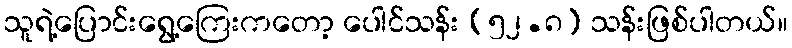
သူရဲ့ပြောင်းရွေ့ကြေးကတော့ ပေါင်သန်း (၅၂.၈) သန်းဖြစ်ပါတယ်။